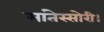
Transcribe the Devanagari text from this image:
मांतेस्सोरी।